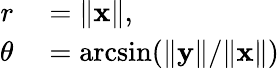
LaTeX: \begin{array}{rl}{r}&{{}=\lVert\mathbf{x}\rVert,}\\ {\theta}&{{}=\arcsin(\lVert\mathbf{y}\rVert/\lVert\mathbf{x}\rVert)}\end{array}